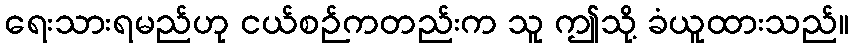
ရေးသားရမည်ဟု ငယ်စဉ်ကတည်းက သူ ဤသို့ ခံယူထားသည်။